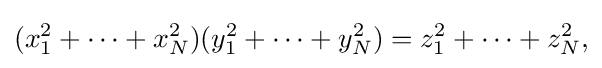
\displaystyle {(x_{1}^{2}+\cdots +x_{N}^{2})(y_{1}^{2}+\cdots +y_{N}^{2})=z_{1}^{2}+\cdots +z_{N}^{2},}